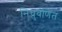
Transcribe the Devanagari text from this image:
निध्रुवणित